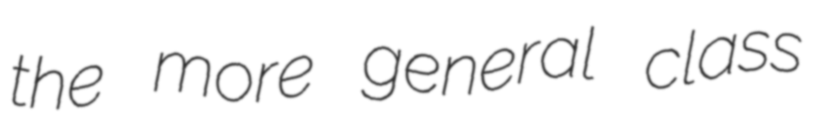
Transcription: the more general class